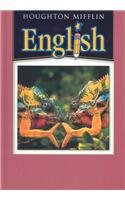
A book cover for Houghton Mifflin English: Student Book Grade 7 2004; HOUGHTON MIFFLIN; Teen & Young Adult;